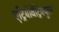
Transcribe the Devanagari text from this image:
एट्रियोवेंट्रिक्युलर